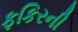
ફકિરની